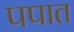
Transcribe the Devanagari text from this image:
पपात